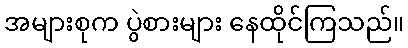
အများစုက ပွဲစားများ နေထိုင်ကြသည်။